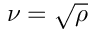
\nu = \sqrt { \rho }